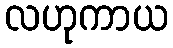
လဟုကာယ